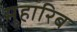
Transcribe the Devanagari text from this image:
मुहारिब